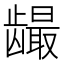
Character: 𲎪